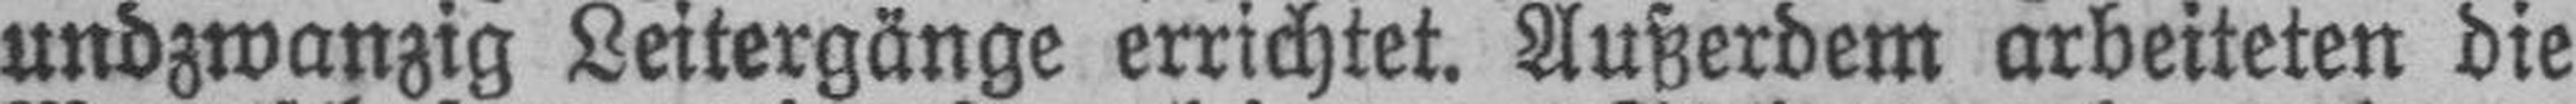
undzwanzig Leitergänge errichtet. Außerdem arbeiteten die